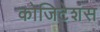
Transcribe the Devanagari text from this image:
कोजिटेशंस